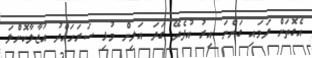
އެގޮތަށް ދަމައި ގަންނަ އިރު އުފެދޭ ގަދަ އަލިން މުޅި ސަރަހައްދު އުޖާލާކޮށްލަ